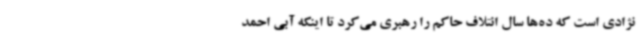
نژادی است که ده‌ها سال ائتلاف حاکم را رهبری می‌کرد تا اینکه آبی احمد